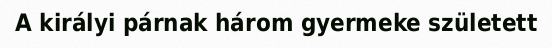
A királyi párnak három gyermeke született